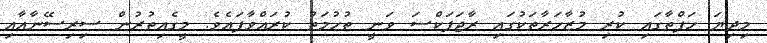
މިދިޔަ ހަފްތާގައި ކުރި މުޒާހަރާތަކުގައި ރާޖަޕަކްސަ ވަނީ ތުހުމަތު ކުރައްވާފައެވެ. މީގެއިތުރުން ސިރިސޭނާއާއި